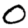
Digit: 0